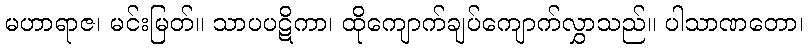
မဟာရာဇ၊ မင်းမြတ်။ သာပပဋိကာ၊ ထိုကျောက်ချပ်ကျောက်လွှာသည်။ ပါသာဏတော၊